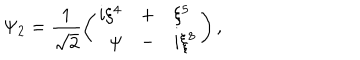
\Psi _ { 2 } = \frac { 1 } { \sqrt { 2 } } \left( \begin{array} { r c l } { { i \xi ^ { 4 } } } & { { + } } & { { \xi ^ { 5 } } } \\ { { \psi } } & { { - } } & { { i \xi ^ { 8 } } } \\ \end{array} \right) ,